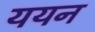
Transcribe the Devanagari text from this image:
ययन